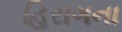
હિરાગના